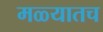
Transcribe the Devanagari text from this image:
मळ्यातच